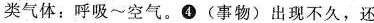
类气体：呼吸~空气。④ (事物)出现不久，还